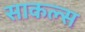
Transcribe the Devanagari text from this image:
साकल्स